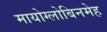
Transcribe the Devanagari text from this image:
मायोग्लोबिनमेह